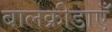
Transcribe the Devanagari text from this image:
बालक्रीडाएँ